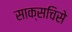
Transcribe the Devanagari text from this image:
साक्सचिसे